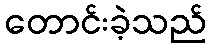
တောင်းခဲ့သည်